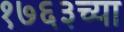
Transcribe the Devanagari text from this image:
१७६३च्या